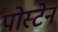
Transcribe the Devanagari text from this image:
पोस्टेन